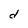
Character: d